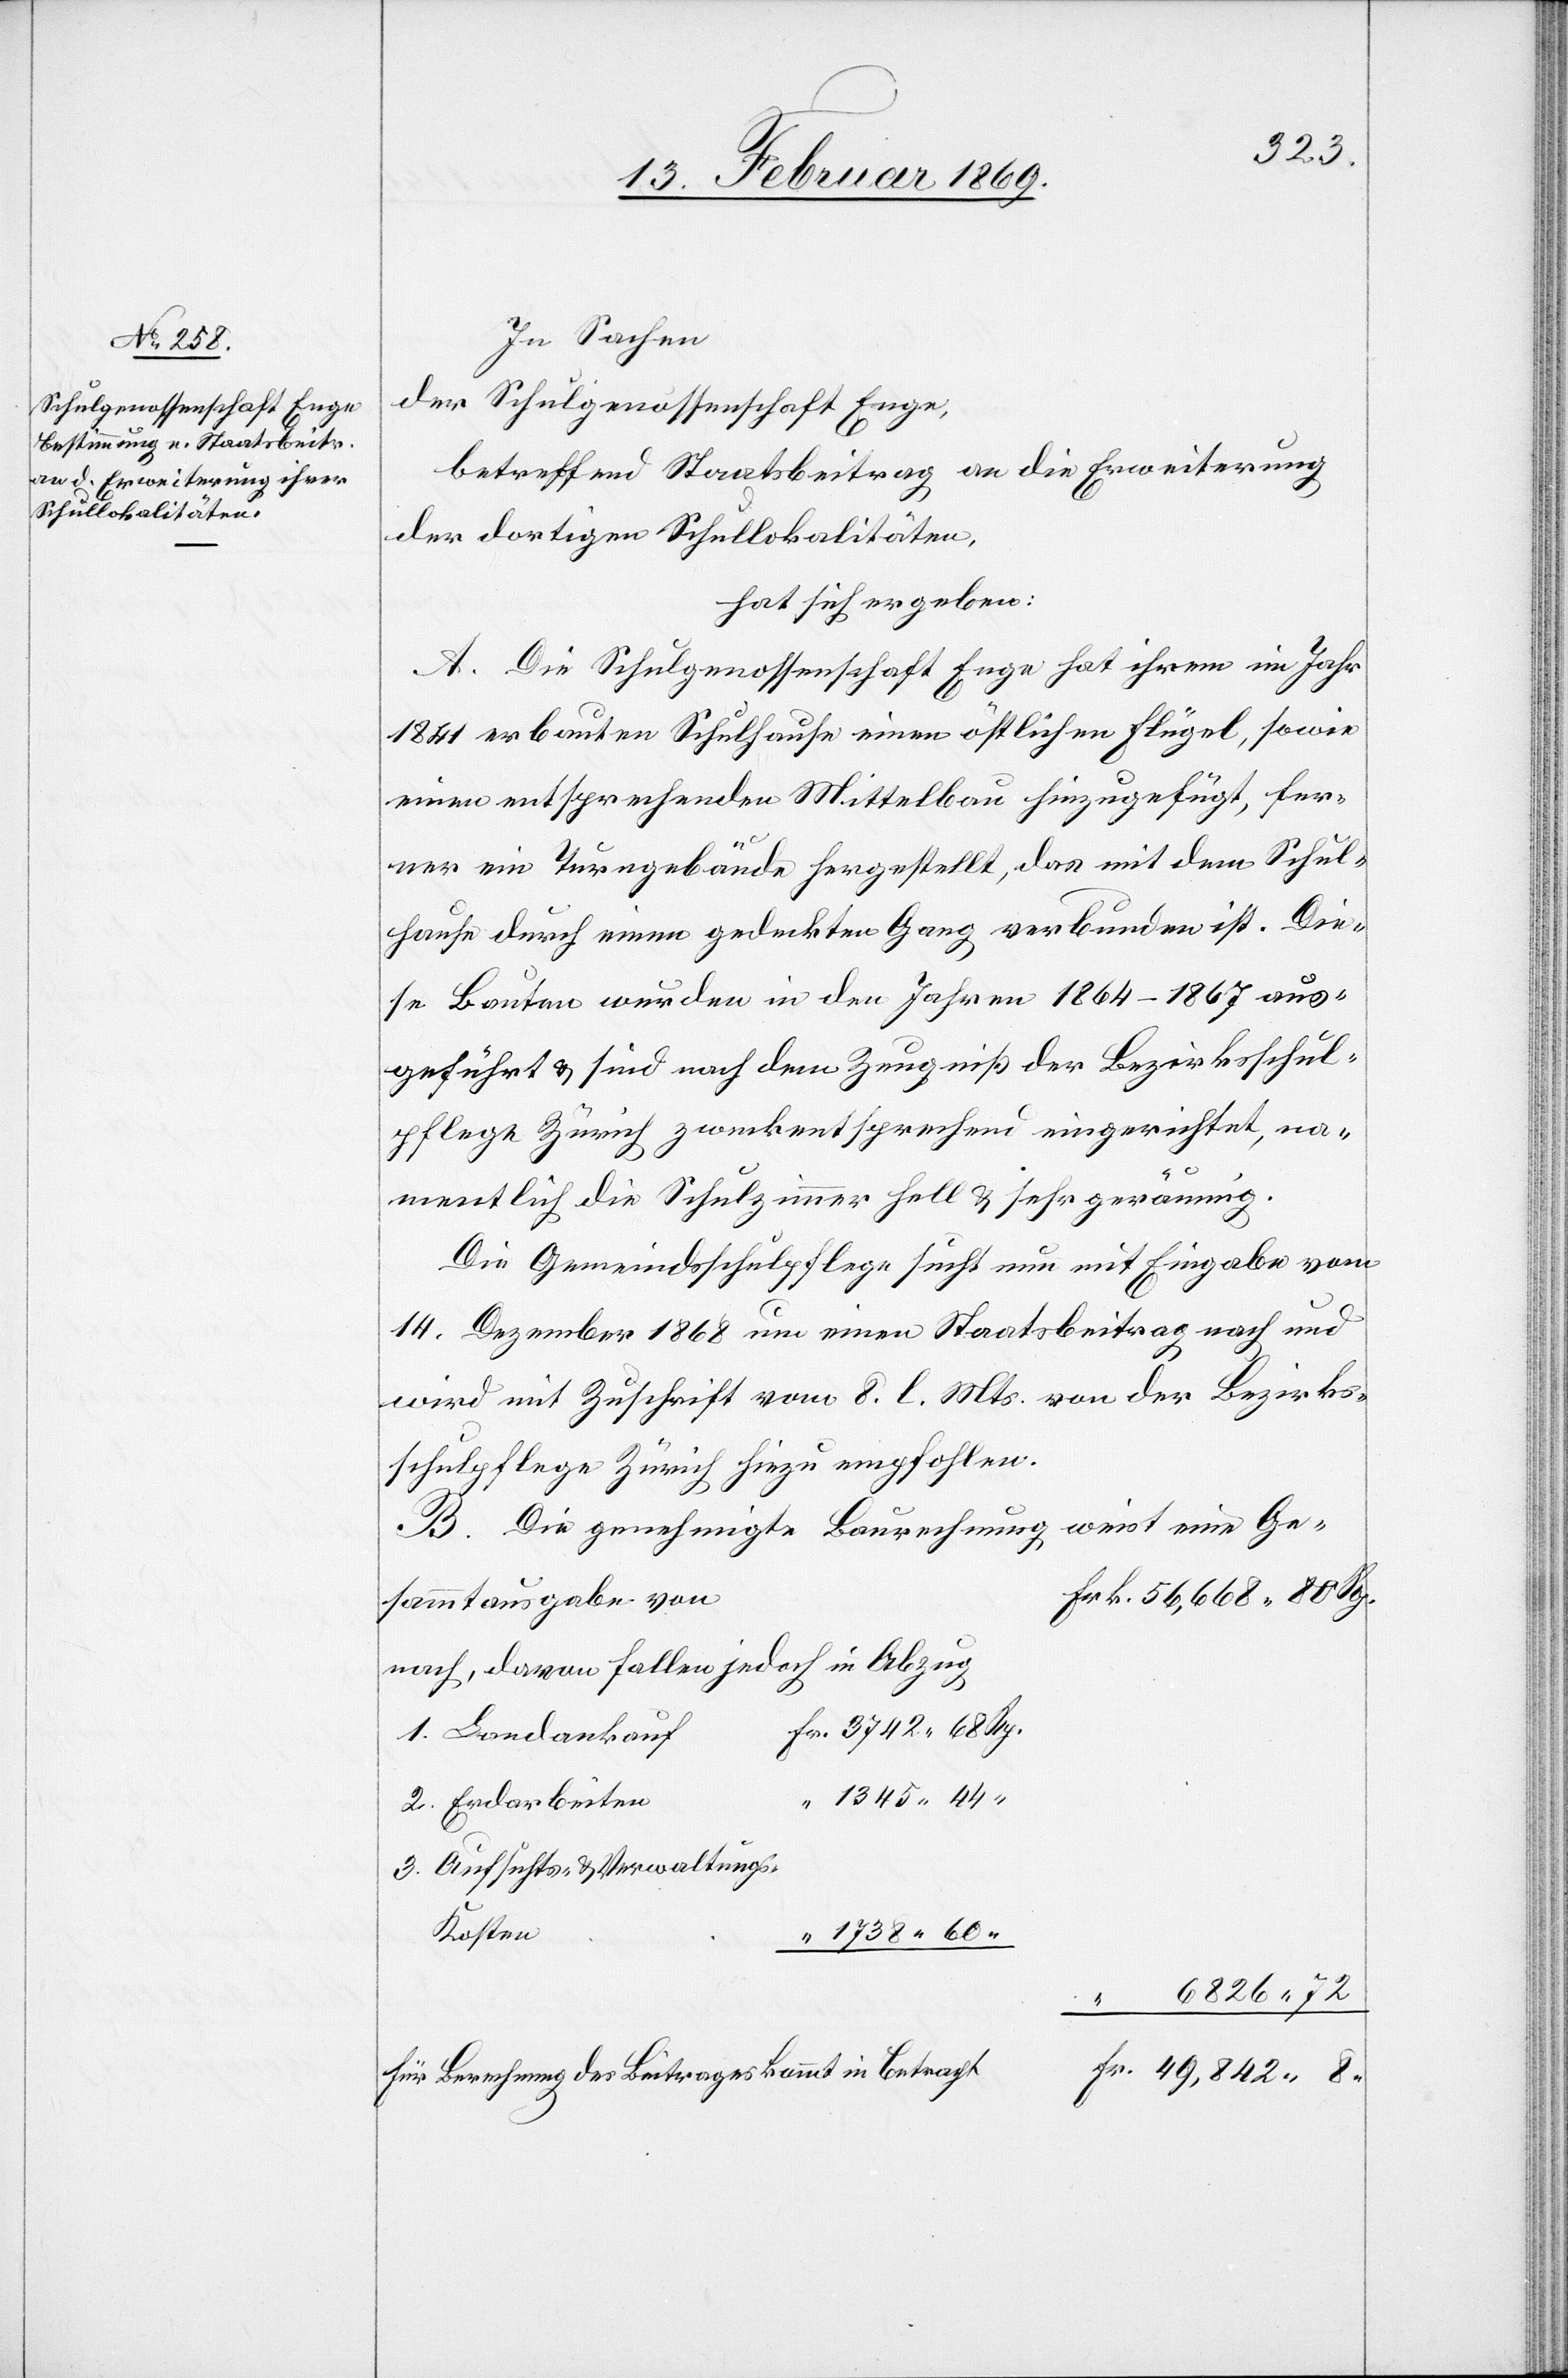
In Sachen
der Schulgenossenschaft Enge,
betreffend Staatsbeitrag an die Erweiterung
der dortigen Schullokalitäten,
hat sich ergeben:
A. Die Schulgenossenschaft Enge hat ihrem im Jahr
1841 erbauten Schulhause einen östlichen Flügel, sowie
einen entsprechenden Mittelbau hinzugefügt, fer¬
ner ein Turngebäude hergestellt, das mit dem Schul¬
hause durch einen gedeckten Gang verbunden ist. Die¬
se Bauten wurden in den Jahren 1864–1867 aus¬
geführt & sind nach dem Zeugniß der Bezirksschul¬
pflege Zürich zweckentsprechend eingerichtet, na¬
mentlich die Schulzimmer hell & sehr geräumig.
Die Gemeindsschulpflege sucht nun mit Eingabe von
14. Dezember 1868 um einen Staatsbeitrag nach und
wird mit Zuschrift vom 8. l. M. von der Bezirks¬
schulpflege Zürich hiezu empfohlen.
B. Die genehmigte Baurechnung weist eine Ge¬
sammtausgabe von
nach, daran fallen jedoch in Abzug
1. Landankauf
1345 44
2. Erdarbeiten
3. Aufsichts- & Verwaltung¬
s-Kosten
1738 60 “
6826 72
für Berechnung des Beitrages kommt in Betracht